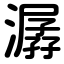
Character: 潺